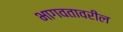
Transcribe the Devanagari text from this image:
भागवतावरील